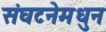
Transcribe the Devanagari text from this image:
संघटनेमधुन